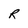
Character: R